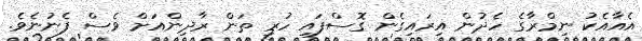
އެއާއެކު ނިމްރާގެ ހެދުން އިރައިގެން ގޮސްފައި ހުރި ތަން ރާދިންއަށް ވެސް ފެނުނެވެ.